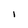
Character: i